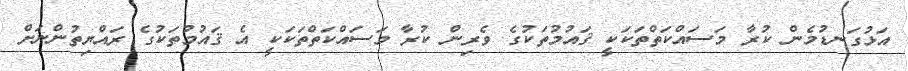
އަޅުގަނޑުމެން ކުރާ މަސައްކަތްތަކަކީ ޤައުމުތަކުގެ ވެރިން ކުރާ މަސައްކަތްތަކަކީ އެ ޤައުމުތަކުގެ ރައްޔިތުންނަށް